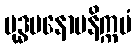
ဗုဒ္ဓမနောမနိက္ကမံ